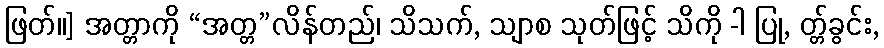
ဖြတ်။] အတ္တာကို “အတ္တ”လိန်တည်၊ သိသက်, သျာစ သုတ်ဖြင့် သိကို -ါ ပြု, တ္တ်ခွင်း,